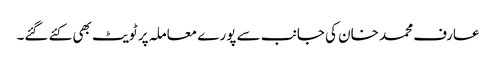
عارف محمد خان کی جانب سے پورے معاملہ پر ٹویٹ بھی کئے گئے۔